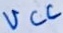
Text: VCC